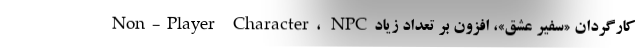
کارگردان «سفیر عشق»، افزون ‌بر تعداد زیادNon-Player Character، NPC